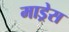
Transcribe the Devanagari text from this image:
माड्रेस